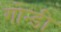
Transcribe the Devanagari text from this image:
गोन्डी